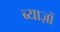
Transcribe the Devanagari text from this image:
ब्याज़ों